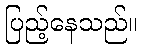
ပြည့်နေသည်။